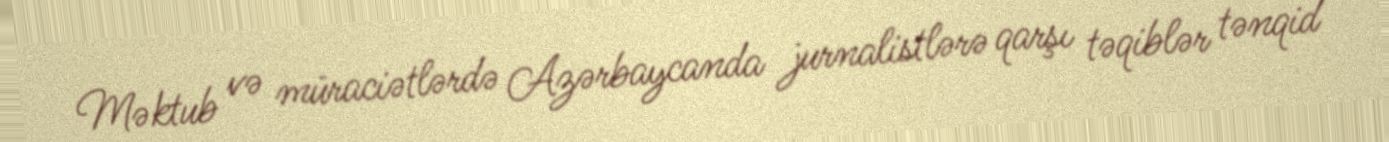
Məktub və müraciətlərdə Azərbaycanda jurnalistlərə qarşı təqiblər tənqid